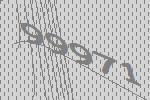
99971